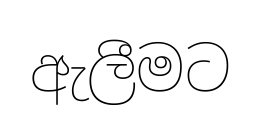
ඇලීමට